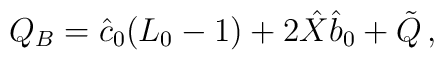
Q_{B}=\hat{c}_{0}(L_{0}-1)+2\hat{X}\hat{b}_{0}+\tilde{Q}\,,